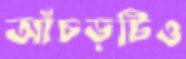
আঁচড়টিও